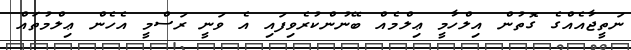
ނަތީޖާއެއްގެ ގޮތުން އިލްހާމީ ޢިލްމެއް ބޭނުންކުރެވިފައި އެ ވަނީ ރަސްމީ އެހެން ޢިލްމުތައް